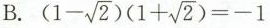
B.( $$(1- \sqrt{2})(1+ \sqrt{2})=-1